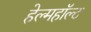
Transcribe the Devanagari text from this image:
हेल्महॉल्ट